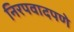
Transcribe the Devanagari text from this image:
निरपवादपणे